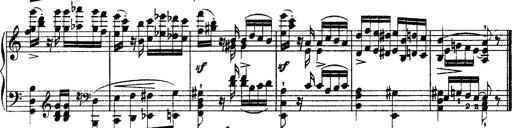
Title: Grandes Ã©tudes de Paganini
Composer: Franz Liszt